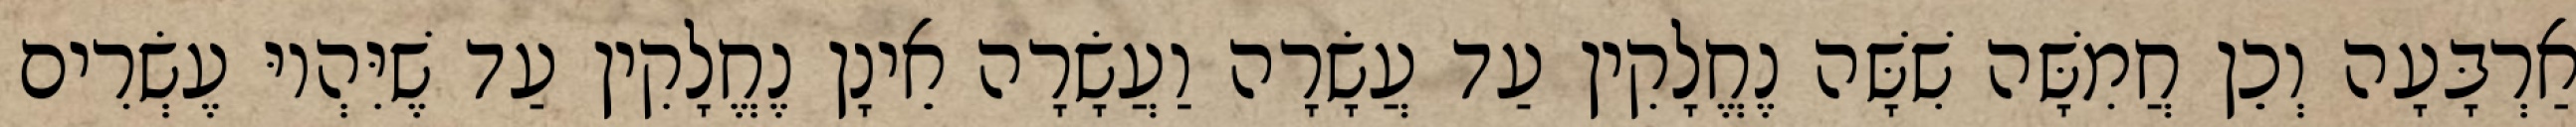
אַרְבָּעָה וְכֵן חֲמִשָּׁה שִׁשָּׁה נֶחֱלָקִין עַד עֲשָׂרָה וַעֲשָׂרָה אֵינָן נֶחֱלָקִין עַד שֶׁיִּהְיוּ עֶשְׂרִים